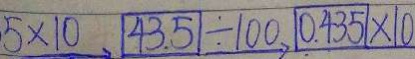
5 \times 1 0 、 4 3 5 \div 1 0 0 、 1 0 . 4 3 5 \times 1 0